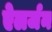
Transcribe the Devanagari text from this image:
ऐलर्जन